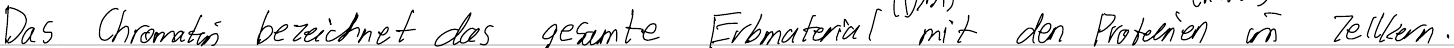
Das Chromatin bezeichnet das gesamte Erbmaterial mit den Proteinen im Zellkern.